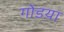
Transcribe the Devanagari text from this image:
गोडय़ा